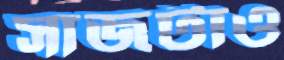
সাজটাও